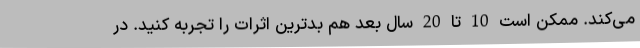
می‌کند. ممکن است 10 تا 20 سال بعد هم بدترین اثرات را تجربه کنید. در